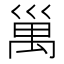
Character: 𥜿